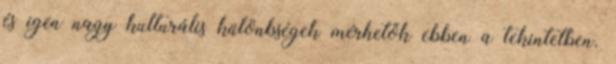
és igen nagy kulturális különbségek mérhetők ebben a tekintetben.